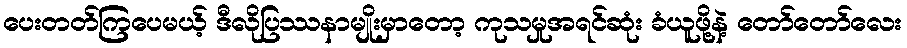
ပေးတတ်ကြပေမယ့် ဒီလိုပြဿနာမျိုးမှာတော့ ကုသမှုအရင်ဆုံး ခံယူဖို့နဲ့ တော်တော်လေး